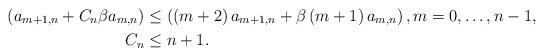
LaTeX: \begin{align*}\left( a_{m+1,n}+C_{n}\beta a_{m,n}\right) & \leq\left( \left(m+2\right) a_{m+1,n}+\beta\left( m+1\right) a_{m,n}\right) ,m=0,\ldots,n-1,\\C_{n} & \leq n+1.\end{align*}